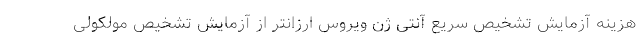
هزینه آزمایش تشخیص سریع آنتی ژن ویروس ارزانتر از آزمایش تشخیص مولکولی